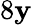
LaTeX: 8\mathbf{y}